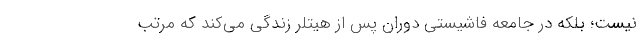
نیست؛ بلکه در جامعه فاشیستی دوران پس از هیتلر زندگی می‌کند که مرتب